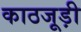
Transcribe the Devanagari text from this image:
काठजूड़ी